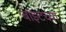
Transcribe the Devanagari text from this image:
बाइटच्या